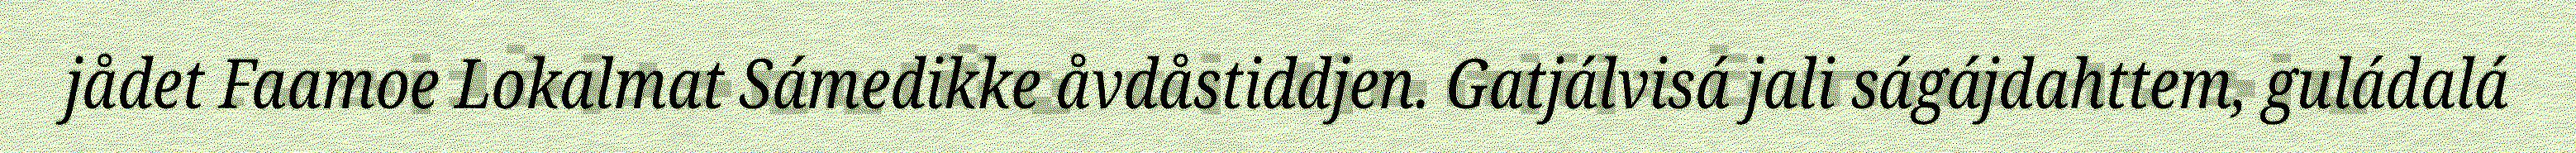
jådet Faamoe Lokalmat Sámedikke åvdåstiddjen. Gatjálvisá jali ságájdahttem, guládalá